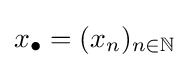
\textstyle x_{\bullet }=(x_{n})_{n\in \mathbb {N} }